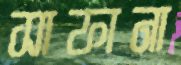
সাফানা